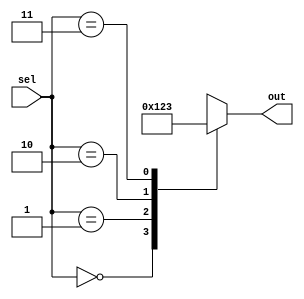
module unique_case_statement (
    input [1:0] sel,
    output reg [3:0] out
);

always @ (*) begin
    case (sel)
        2'b00: out = 4'b0000;
        2'b01: out = 4'b0001;
        2'b10: out = 4'b0010;
        2'b11: out = 4'b0011;
        default: out = 4'b0000;
    endcase
end

endmodule